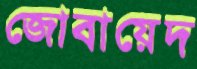
জোবায়েদ